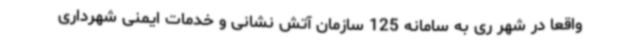
واقعا در شهر ری به سامانه 125 سازمان آتش نشانی و خدمات ایمنی شهرداری